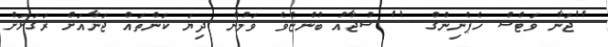
''ޖަނާ ވަޓްސް ހެޕެނިންގް...'' ޝުޖާއު ބުންޏެވެ. ވަމުން ދިޔަ ކަންތައް ޖަނާއަށް ރަގަޅަށް